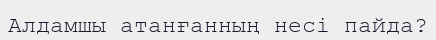
Алдамшы атанғанның несі пайда?